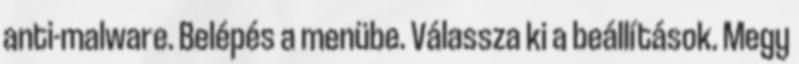
anti-malware. Belépés a menübe. Válassza ki a beállítások. Megy